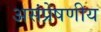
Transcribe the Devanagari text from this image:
असंप्रेषणीय